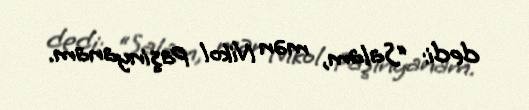
dedi: “Salam, mən Nikol Paşinyanam.